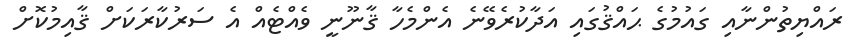
ރައްޔިތުންނާއި ގައުމުގެ ޙައްޤުގައި އަދާކުރެވޭނެ އެންމެހާ ޤާނޫނީ ވެއްޓެއް އެ ސަރުކާރަކަށް ޤާއިމުކޮށް